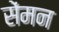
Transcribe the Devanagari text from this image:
सेंमन